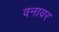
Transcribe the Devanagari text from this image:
वनावर